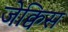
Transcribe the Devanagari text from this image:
जेक्विस